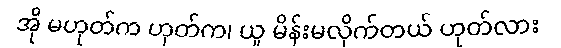
အို မဟုတ်က ဟုတ်က၊ ယူ မိန်းမလိုက်တယ် ဟုတ်လား